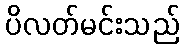
ပိလတ်မင်းသည်